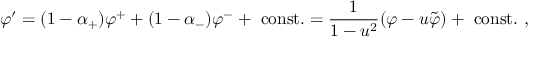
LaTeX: \varphi ^ { \prime } = ( 1 - \alpha _ { + } ) \varphi ^ { + } + ( 1 - \alpha _ { - } ) \varphi ^ { - } + ~ \mathrm { c o n s t } . = { \frac { 1 } { 1 - u ^ { 2 } } } ( \varphi - u \tilde { \varphi } ) + ~ \mathrm { c o n s t } . \ ,